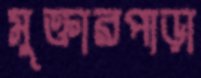
মুক্তারপাড়া